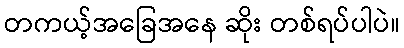
တကယ့်အခြေအနေ ဆိုး တစ်ရပ်ပါပဲ။